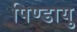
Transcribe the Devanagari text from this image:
पिण्डायु